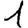
Digit: 1